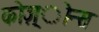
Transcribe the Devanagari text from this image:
कोज़्ोन्स